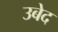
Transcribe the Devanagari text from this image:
उबेद